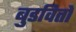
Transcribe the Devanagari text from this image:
बुडवितो